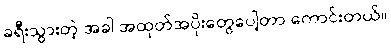
ခရီးသွားတဲ့ အခါ အထုတ်အပိုးတွေပေါ့တာ ကောင်းတယ်။